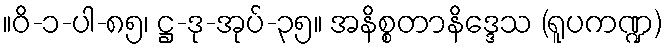
။ဝိ-၁-ပါ-၈၅၊ ဋ္ဌ-ဒု-အုပ်-၃၅။ အနိစ္စတာနိဒ္ဒေသ (ရူပကဏ္ဍ)